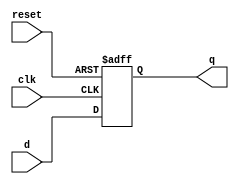
module d_flip_flop(
    input wire clk,
    input wire reset,
    input wire d,
    output reg q
);

always @(posedge clk or posedge reset) begin
    if(reset) begin
        q <= 0;
    end else begin
        q <= d;
    end
end

endmodule